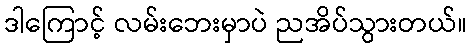
ဒါကြောင့် လမ်းဘေးမှာပဲ ညအိပ်သွားတယ်။